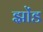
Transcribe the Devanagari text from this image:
झोंड